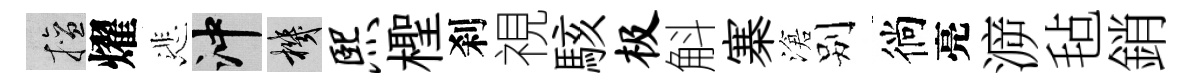
擅燿悲冲機熙檉刹視駭极斛寨滄别徜亮㴑毡銷